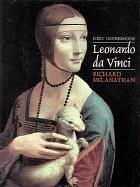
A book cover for First Impressions: Leonardo da Vinci; Richard McLanathan; Teen & Young Adult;